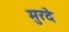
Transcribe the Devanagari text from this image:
मुरदे